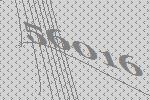
56016